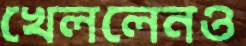
খেললেনও